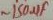
Text: ~150µF